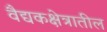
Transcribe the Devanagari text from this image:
वैद्यकक्षेत्रातील